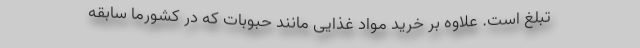
تبلغ است. علاوه بر خرید مواد غذایی مانند حبوبات که در کشورما سابقه